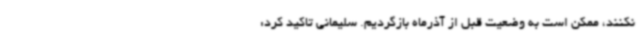
نکنند، ممکن است به وضعیت قبل از آذرماه بازگردیم. سلیمانی تاکید کرد: